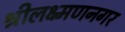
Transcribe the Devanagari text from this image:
श्रीलक्ष्मणनगर